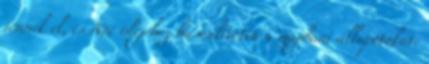
jönnek el, és Noé idejéhez hasonlította a majdani állapotokat: